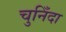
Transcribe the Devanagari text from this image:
चुनिँदा